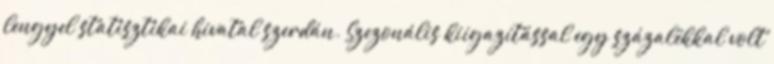
lengyel statisztikai hivatal szerdán. Szezonális kiigazítással egy százalékkal volt